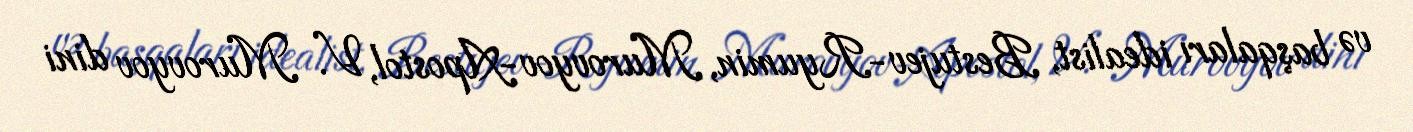
və başqaları idealist, Bestujev-Ryumin, Murovyov-Apostol, V. Murovyov dini